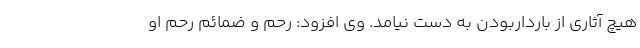
هیچ آثاری از بارداربودن به دست نیامد. وی افزود: رحم و ضمائم رحم او